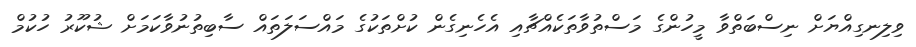
ވިލިނގިއްޔަށް ނިސްބަތްވާ މީހުންގެ މަސްތުވާތަކެއްޗާއި އެހެނިގެން ކުށްތަކުގެ މައްސަލަތައް ސާބިތުނުވާކަމަށް ޝުކޫރު ހުކުމް